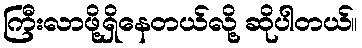
ကြီးလာဖို့ရှိနေတယ်လို့ ဆိုပါတယ်။